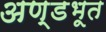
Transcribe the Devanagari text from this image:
अण्डभूत